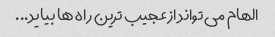
الهام می تواند از عجیب ترین راه ها بیاید...